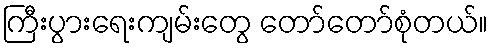
ကြီးပွားရေးကျမ်းတွေ တော်တော်စုံတယ်။